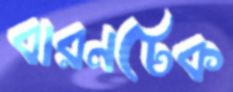
বারনটেক